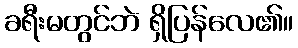
ခရီးမတွင်ဘဲ ရှိပြန်လေ၏။